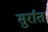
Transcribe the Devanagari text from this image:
सुर्रात